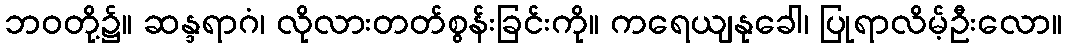
ဘဝတို့၌။ ဆန္ဒရာဂံ၊ လိုလားတတ်စွန်းခြင်းကို။ ကရေယျနုခေါ၊ ပြုရာလိမ့်ဦးလော။